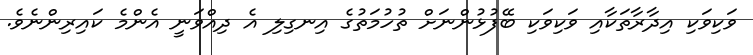
ވަކިވަކި އިދާރާތަކާއި ވަކިވަކި ބޭފުޅުންނަށް ތުހުމަތުގެ އިނގިލި އެ ދިއްވަނީ އެންމެ ކައިރިންނެވެ.